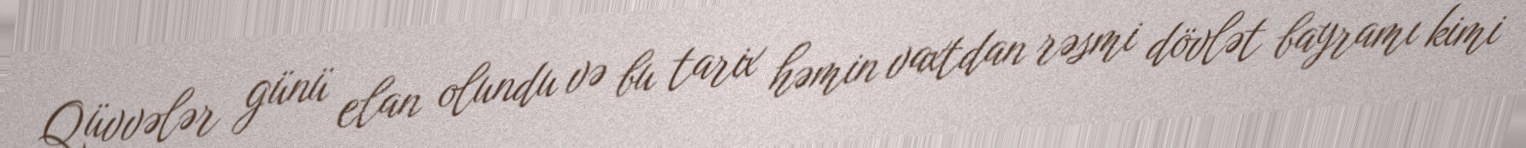
Qüvvələr günü elan olundu və bu tarix həmin vaxtdan rəsmi dövlət bayramı kimi